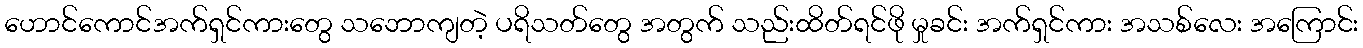
ဟောင်ကောင်အက်ရှင်ကားတွေ သဘောကျတဲ့ ပရိသတ်တွေ အတွက် သည်းထိတ်ရင်ဖို မှုခင်း အက်ရှင်ကား အသစ်လေး အကြောင်း